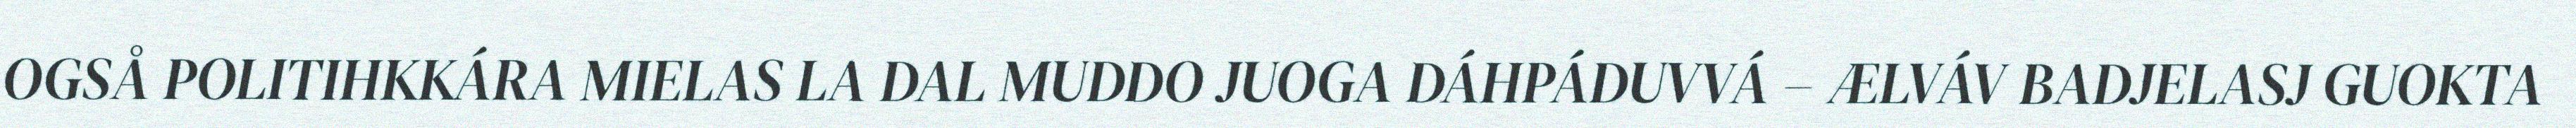
OGSÅ POLITIHKKÁRA MIELAS LA DAL MUDDO JUOGA DÁHPÁDUVVÁ – ÆLVÁV BADJELASJ GUOKTA